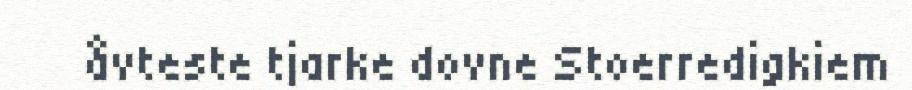
åvteste tjarke dovne Stoerredigkiem